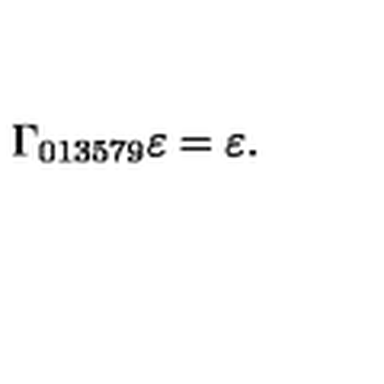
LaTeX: \Gamma _ { 0 1 3 5 7 9 } \varepsilon = \varepsilon .